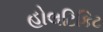
હોલટિકિટ